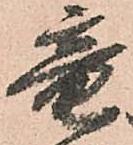
竜